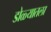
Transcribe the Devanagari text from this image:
डोळ्यातला